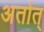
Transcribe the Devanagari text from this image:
अर्तात्